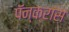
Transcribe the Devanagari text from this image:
पॅन्क्रास